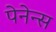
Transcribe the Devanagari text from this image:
पेनेन्स